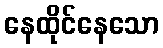
နေထိုင်နေသော